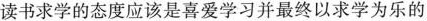
读书求学的态度应该是喜爱学习并最终以求学为乐的